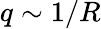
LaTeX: q\sim 1/R